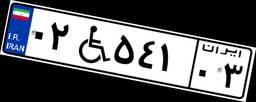
۰۲W۵۴۱۰۳